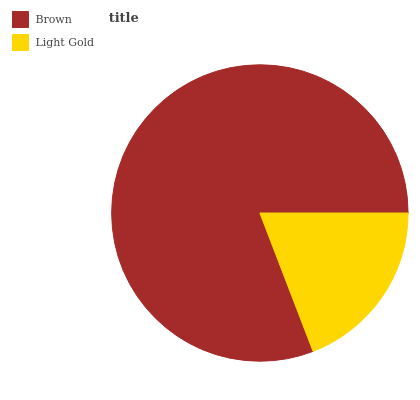
| Brown | Light Gold |
 | --- | --- |
 | 80.9% | 19.1% |